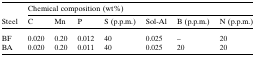
<table><thead><tr><td><b> </b></td><td colspan="7"><b>Chemical composition (wt%)</b></td></tr><tr><td><b>Steel</b></td><td><b>C</b></td><td><b>Mn</b></td><td><b>P</b></td><td><b>S (p.p.m.)</b></td><td><b>Sol-Al</b></td><td><b>B (p.p.m.)</b></td><td><b>N (p.p.m.)</b></td></tr></thead><tbody><tr><td>BF</td><td>0.020</td><td>0.20</td><td>0.012</td><td>40</td><td>0.025</td><td>–</td><td>20</td></tr><tr><td>BA</td><td>0.020</td><td>0.20</td><td>0.011</td><td>40</td><td>0.025</td><td>20</td><td>20</td></tr></tbody></table>